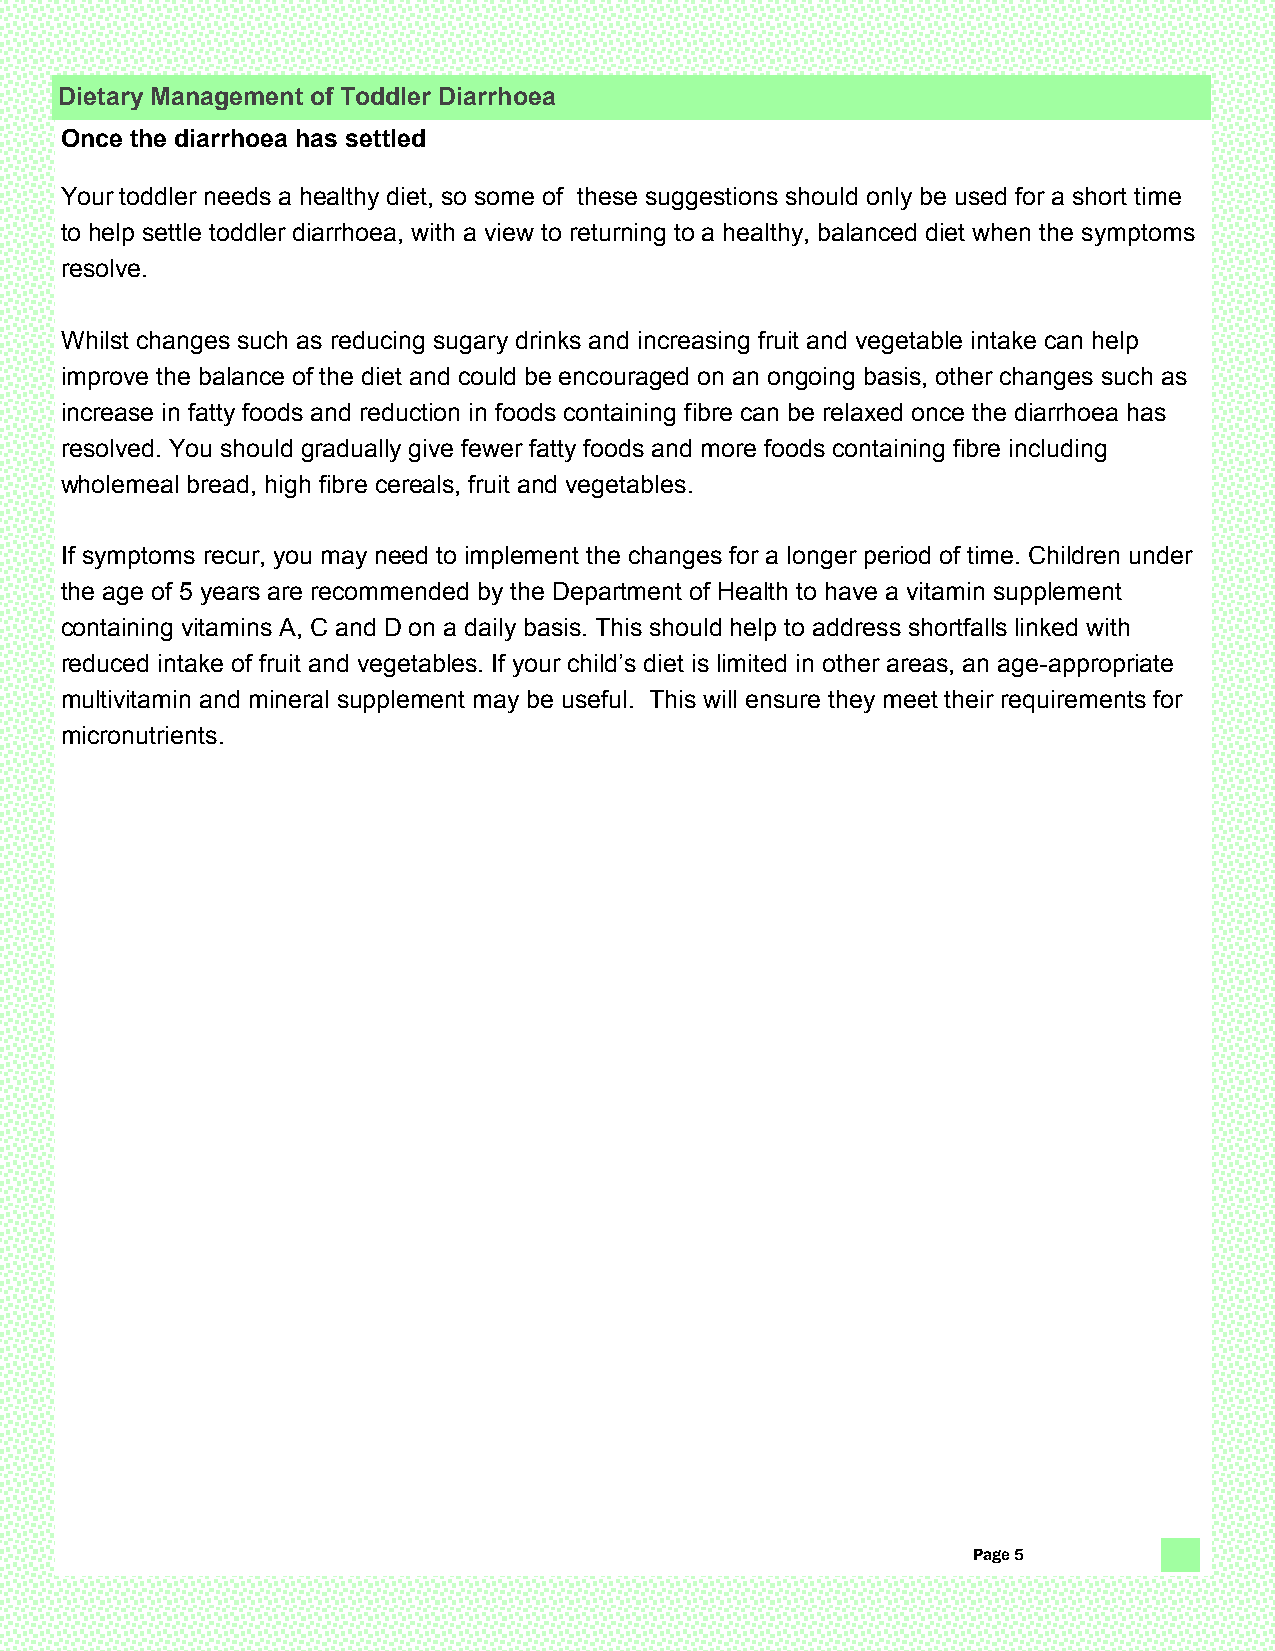
Dietary Management of Toddler Diarrhoea
 Once the diarrhoea has settled
 Your toddler needs a healthy diet, so some of these suggestions should only be used for a short time
 to help settle toddler diarrhoea, with a view to returning to a healthy, balanced diet when the symptoms
 resolve.
 Whilst changes such as reducing sugary drinks and increasing fruit and vegetable intake can help
 improve the balance of the diet and could be encouraged on an ongoing basis, other changes such as
 increase in fatty foods and reduction in foods containing fibre can be relaxed once the diarrhoea has
 resolved. You should gradually give fewer fatty foods and more foods containing fibre including
 wholemeal bread, high fibre cereals, fruit and vegetables.
 If symptoms recur, you may need to implement the changes for a longer period of time. Children under
 the age of 5 years are recommended by the Department of Health to have a vitamin supplement
 containing vitamins A, C and D on a daily basis. This should help to address shortfalls linked with
 reduced intake of fruit and vegetables. If your child’s diet is limited in other areas, an age-appropriate
 multivitamin and mineral supplement may be useful. This will ensure they meet their requirements for
 micronutrients.
 Page 5